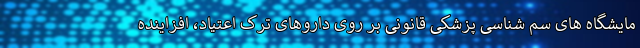
مایشگاه های سم شناسی پزشکی قانونی بر روی داروهای ترک اعتیاد، افزاینده